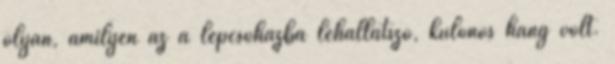
olyan, amilyen az a lépcsőházba lehallatszó, különös hang volt.